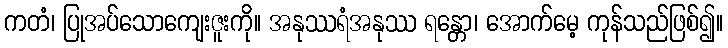
ကတံ၊ ပြုအပ်သောကျေးဇူးကို။ အနုဿရံအနုဿ ရန္တော၊ အောက်မေ့ ကုန်သည်ဖြစ်၍။